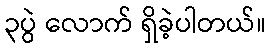
၃ပွဲ လောက် ရှိခဲ့ပါတယ်။